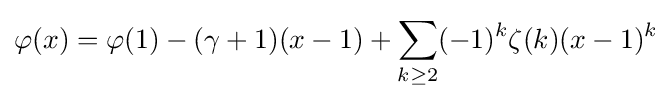
\varphi (x)=\varphi (1)-(\gamma +1)(x-1)+\sum _{k\geq 2}(-1)^{k}\zeta (k)(x-1)^{k}